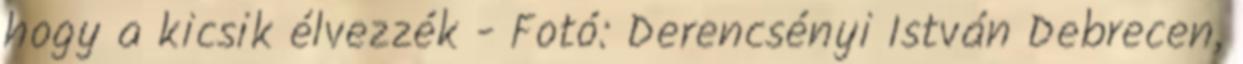
hogy a kicsik élvezzék - Fotó: Derencsényi István Debrecen,